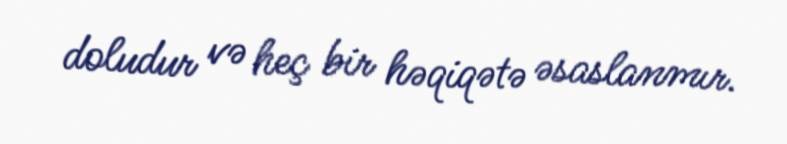
doludur və heç bir həqiqətə əsaslanmır.